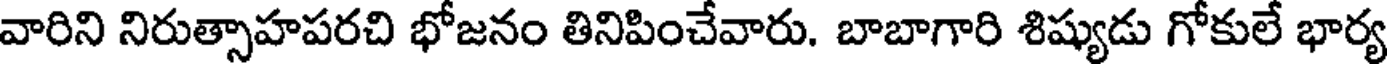
వారిని నిరుత్సాహపరచి భోజనం తినిపించేవారు. బాబాగారి శిష్యుడు గోకులే భార్య